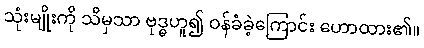
သုံးမျိုးကို သိမှသာ ဗုဒ္ဓဟူ၍ ဝန်ခံခဲ့ကြောင်း ဟောထား၏။